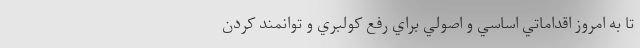
تا به امروز اقداماتي اساسي و اصولي براي رفع كولبري و توانمند كردن